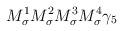
LaTeX: \begin{align*}M_\sigma^1M_\sigma^2M_\sigma^3M_\sigma^4\gamma_5\end{align*}